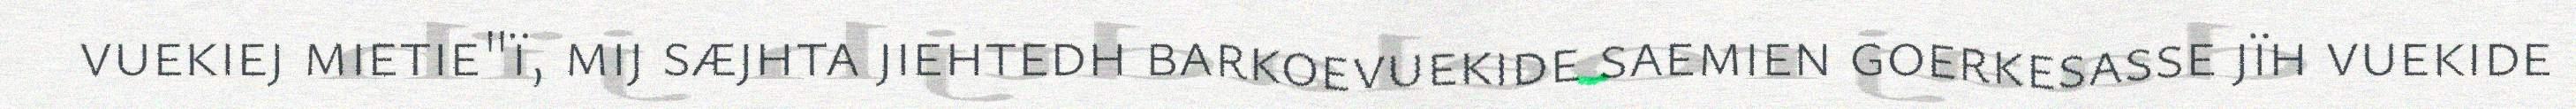
vuekiej mietie"ï, mij sæjhta jiehtedh barkoevuekide saemien goerkesasse jïh vuekide